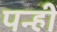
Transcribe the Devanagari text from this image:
पन्हीं